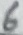
Text: 6